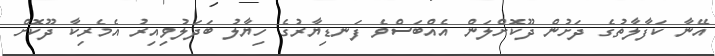
އޭނާ ކަފާލާތުގެ ދަށުން ދޫކޮށްލަން އެއްބަސްވެ ފަނޑިޔާރުގެ ހިޔާލު ބަދަލުވިއިރު އެމެރިކާ ދޫކޮށް